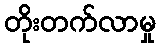
တိုးတက်လာမှု